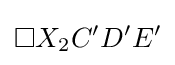
\square X_{2}C'D'E'